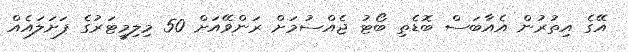
އޭގެ އިތުރުން އެއާބަސް ބޮޑެތި ބޯޓު ޖެއްސުމަށް ރަންވޭއަށް 50 މިލިމީޓަރުގެ ފަށަލައެއް